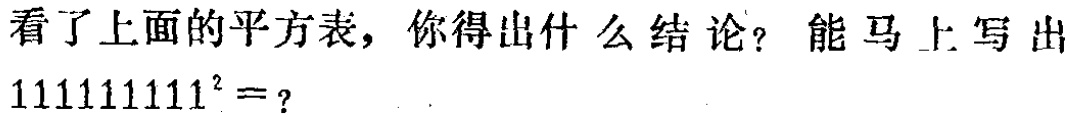
看了上面的平方表，你得出什么结论？能马上写出

\(111111111^{2} =\)？